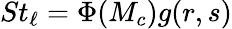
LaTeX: St_{\ell}=\Phi(M_{c})g(r,s)